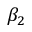
\beta _ { 2 }